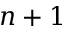
n + 1